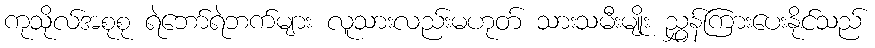
ကုသိုလ်အစုစု ရဲဘော်ရဲဘက်များ လူသားလည်းမဟုတ် သားသမီးမျိုး ညွှန်ကြားပေးနိုင်သည်